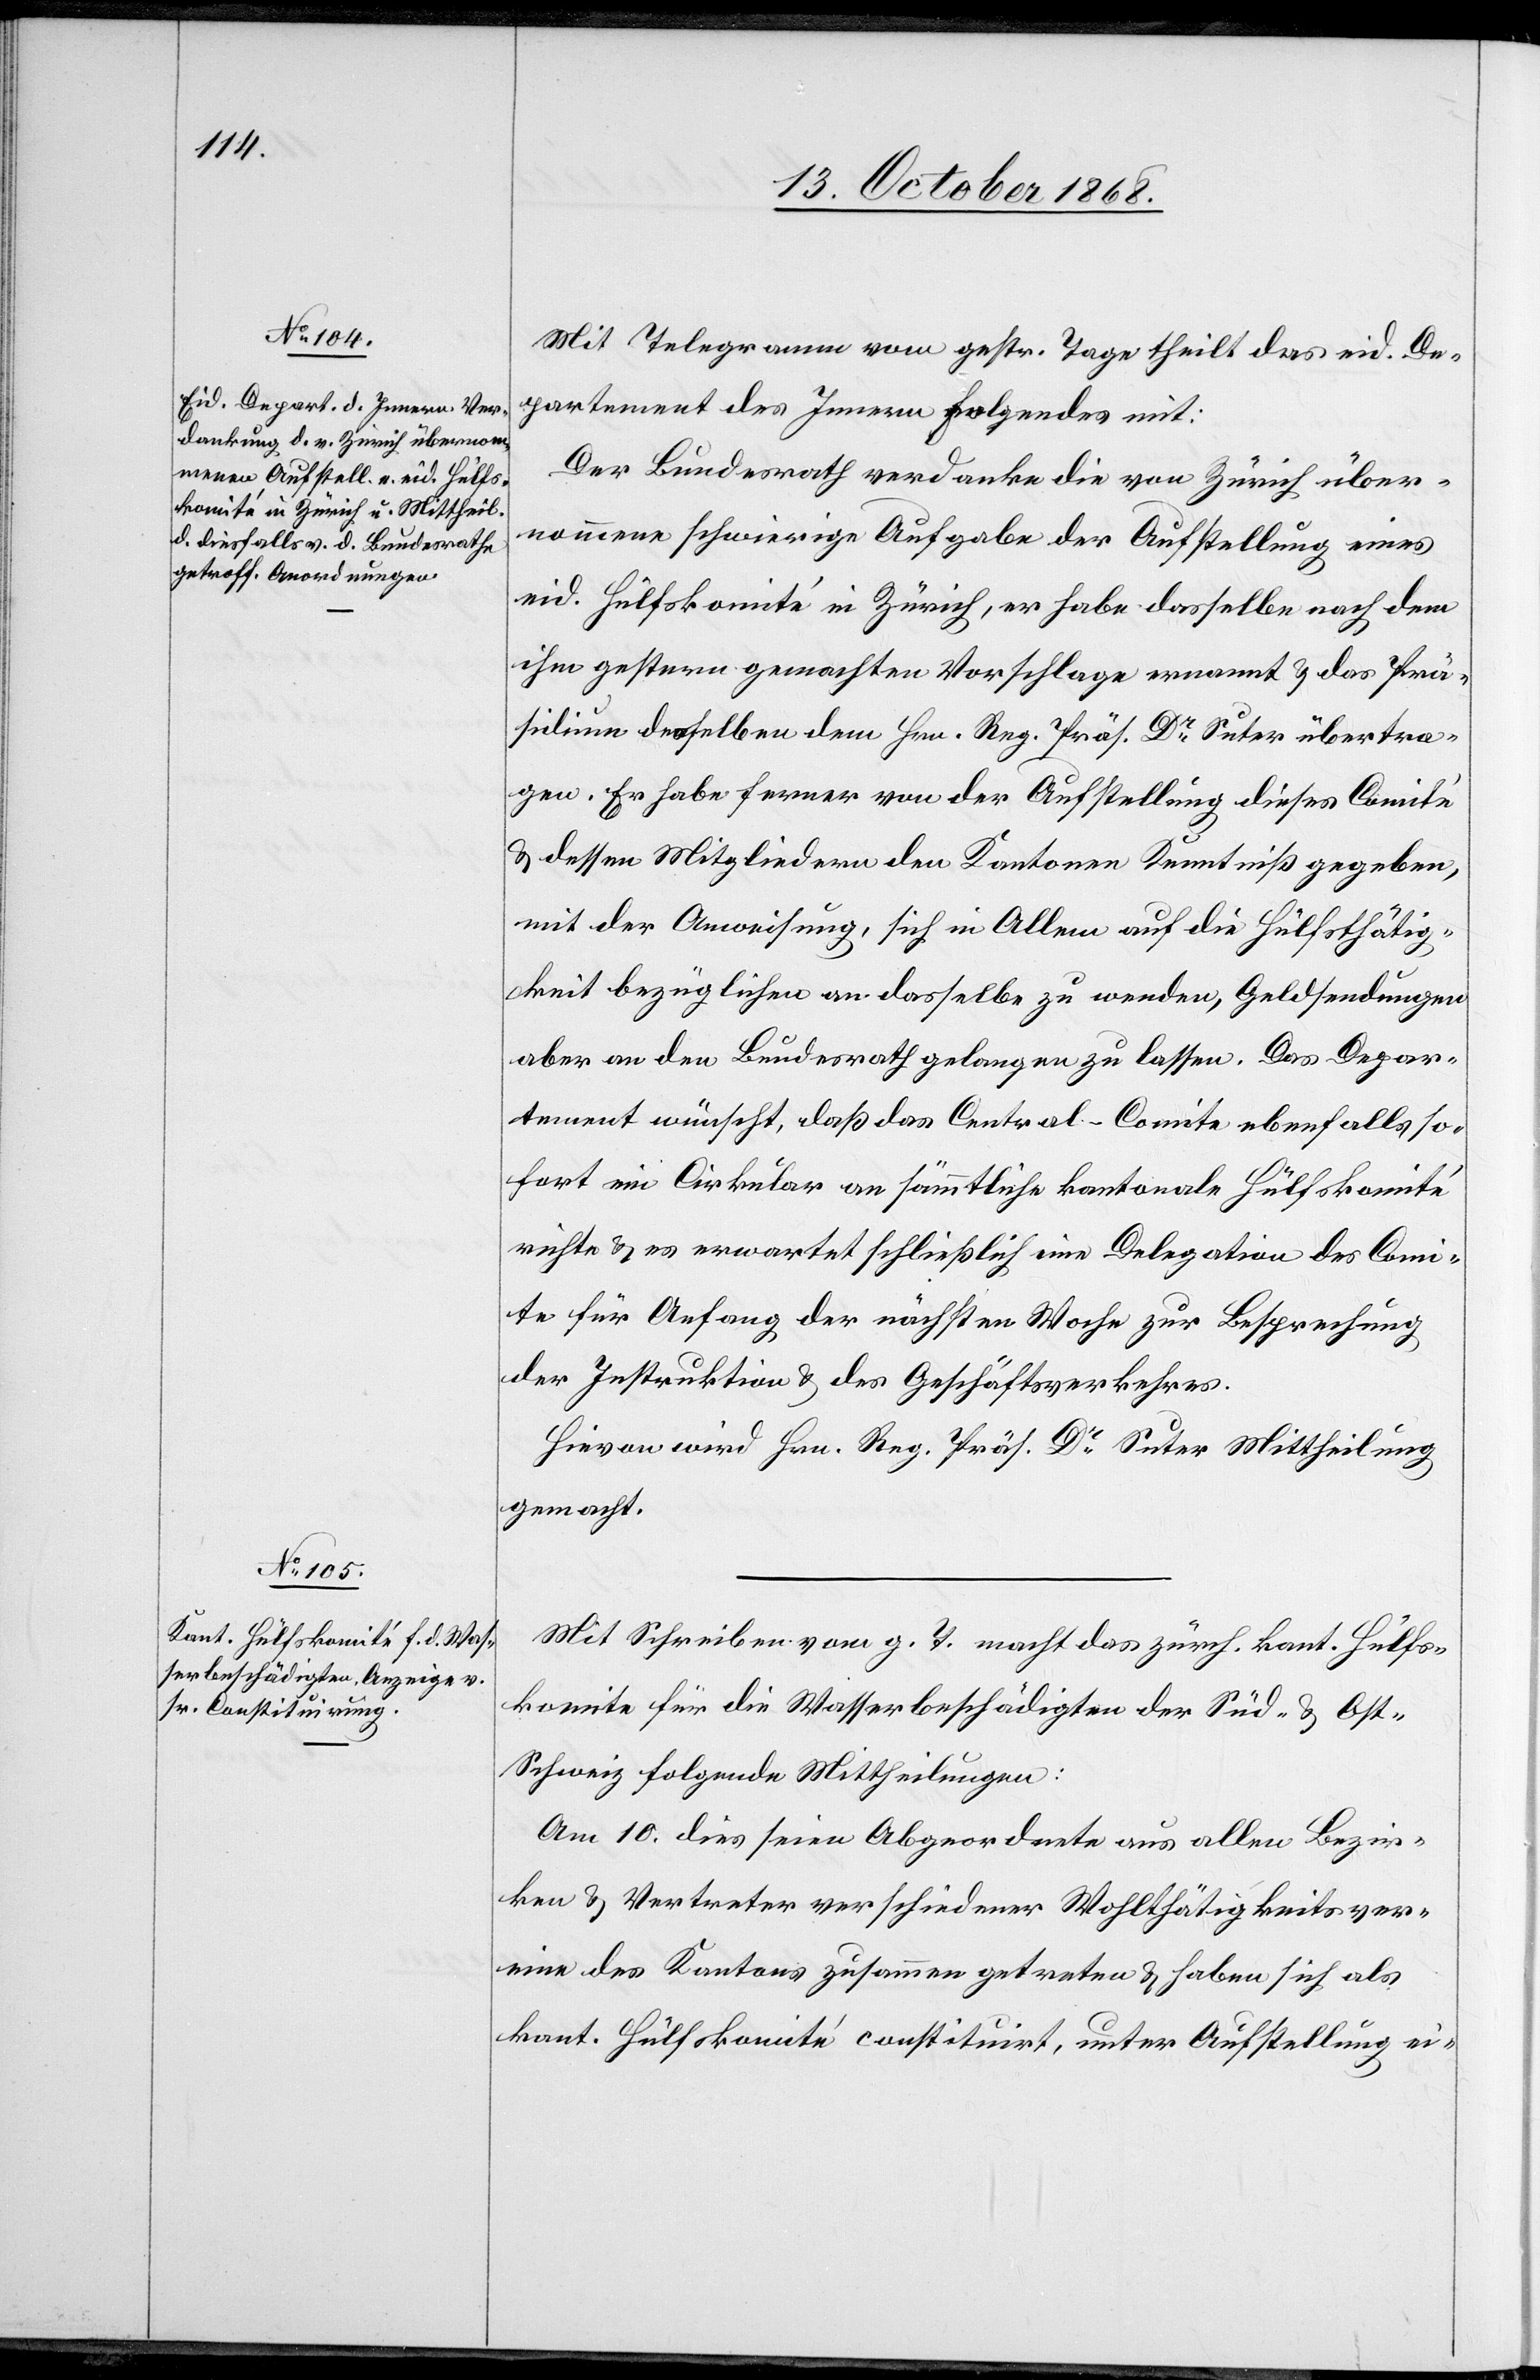
15. October 1868.]
Mit Telegramm vom gestr. Tage theilt das eid. De¬
partement des Innern Folgendes mit:
Der Bundesrath verdanke die von Zürich über¬
nommene schwierige Aufgabe der Aufstellung eines
eid. Hülfskomité in Zürich, er habe dasselbe nach dem
ihm gestern gemachten Vorschlage ernannt & das Prä¬
sidium desselben dem Hrn. Reg. Präs. Dr Suter übertra¬
gen. Er habe ferner von der Aufstellung dieses Comité
& dessen Mitgliedern den Kantonen Kenntniß gegeben,
mit der Anweisung, sich in Allem auf die Hülfsthätig¬
keit bezüglichen an dasselbe zu wenden, Geldsendungen
aber an den Bundesrath gelangen zu lassen. Das Depar¬
tement wünscht, daß das Central-Comite ebenfalls so¬
fort ein Cirkular an sämmtliche kantonale Hülfskomité
richte & es erwartet schließlich eine Delegation des Comi¬
te für Anfang der nächsten Woche zur Besprechung
der Instruktion & des Geschäftsverkehres.
Hievon wird Hrn. Reg. Präs. Dr Suter Mittheilung
gemacht.
Mit Schreiben vom g. T. macht das zürch. kant. Hülfs¬
komite für die Wasserbeschädigten der Süd- & Os¬
t-Schweiz folgende Mittheilungen:
Am 10. dies seien Abgeordnete aus allen Bezir¬
ken & Vertreter verschiedener Wohlthätigkeitsver¬
eine des Kantons zusammen getreten & haben sich als
kant. Hülfskomité constituirt, unter Aufstellung ei-